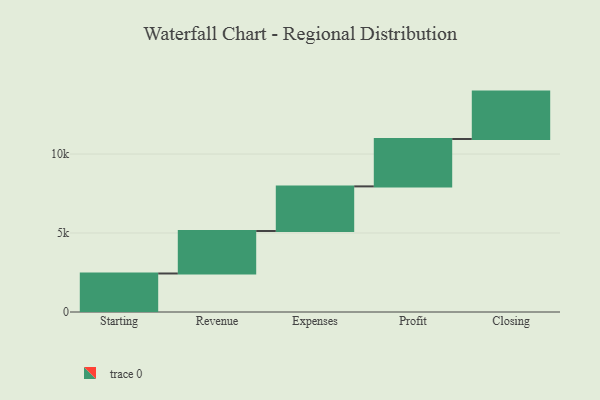
{"axis": {"x": "Step", "y": "Value"}, "legend": [""], "data": [{"x": "Starting", "y": 2438.0, "type": ""}, {"x": "Revenue", "y": 2691.0, "type": ""}, {"x": "Expenses", "y": 2823.0, "type": ""}, {"x": "Profit", "y": 3000, "type": ""}, {"x": "Closing", "y": 3000, "type": ""}]}